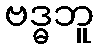
ဗဒ္ဓဘူ